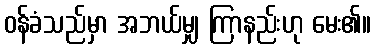
ဝန်ခံသည်မှာ အဘယ်မျှ ကြာနည်းဟု မေး၏။